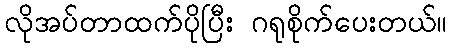
လိုအပ်တာထက်ပိုပြီး ဂရုစိုက်ပေးတယ်။